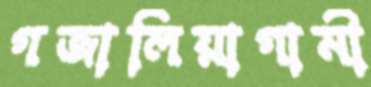
গজালিয়াগামী